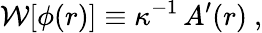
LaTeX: {\cal W}[\phi(r)]\equiv\kappa^{-1}\, A^{\prime}(r)\ ,